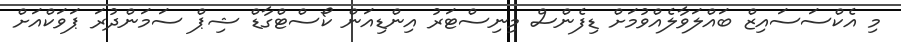
މި އެކްސަސައިޒް ބައްލަވާލެއްވުމަށް ޑިފެންސް މިނިސްޓަރު އިންޑިއަން ކޯސްޓްގާޑް ޝިޕް ސަމަންދުރަ ޕަވަކްއަށް